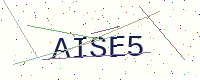
Text: AISE5